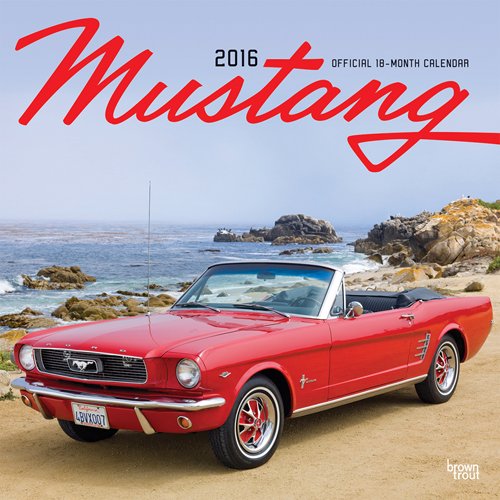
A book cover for Mustang 2016 Square 12x12 (ST-Red Foil); Browntrout Publishers; Calendars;